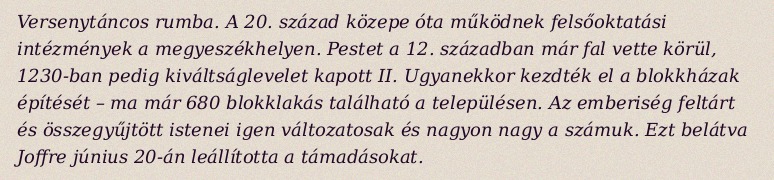
Versenytáncos rumba. A 20. század közepe óta működnek felsőoktatási intézmények a megyeszékhelyen. Pestet a 12. században már fal vette körül, 1230-ban pedig kiváltságlevelet kapott II. Ugyanekkor kezdték el a blokkházak építését – ma már 680 blokklakás található a településen. Az emberiség feltárt és összegyűjtött istenei igen változatosak és nagyon nagy a számuk. Ezt belátva Joffre június 20-án leállította a támadásokat.